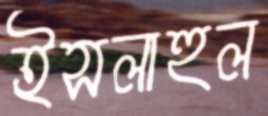
ইসলাহুল